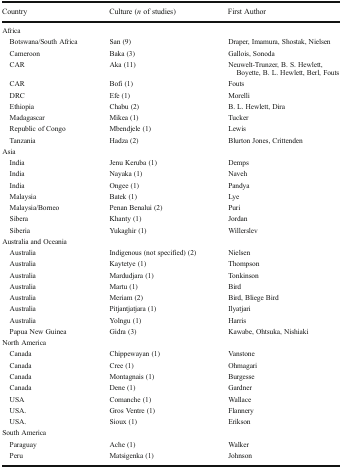
<table><thead><tr><td><b>Country</b></td><td><b>Culture (<i>n</i> of studies)</b></td><td><b>First Author</b></td></tr></thead><tbody><tr><td colspan="3">Africa</td></tr><tr><td> Botswana/South Africa</td><td>San (9)</td><td>Draper, Imamura, Shostak, Nielsen</td></tr><tr><td> Cameroon</td><td>Baka (3)</td><td>Gallois, Sonoda</td></tr><tr><td> CAR</td><td>Aka (11)</td><td>Neuwelt-Trunzer, B. S. Hewlett, Boyette, B. L. Hewlett, Berl, Fouts</td></tr><tr><td> CAR</td><td>Bofi (1)</td><td>Fouts</td></tr><tr><td> DRC</td><td>Efe (1)</td><td>Morelli</td></tr><tr><td> Ethiopia</td><td>Chabu (2)</td><td>B. L. Hewlett, Dira</td></tr><tr><td> Madagascar</td><td>Mikea (1)</td><td>Tucker</td></tr><tr><td> Republic of Congo</td><td>Mbendjele (1)</td><td>Lewis</td></tr><tr><td> Tanzania</td><td>Hadza (2)</td><td>Blurton Jones, Crittenden</td></tr><tr><td colspan="3">Asia</td></tr><tr><td> India</td><td>Jenu Keruba (1)</td><td>Demps</td></tr><tr><td> India</td><td>Nayaka (1)</td><td>Naveh</td></tr><tr><td> India</td><td>Ongee (1)</td><td>Pandya</td></tr><tr><td> Malaysia</td><td>Batek (1)</td><td>Lye</td></tr><tr><td> Malaysia/Borneo</td><td>Penan Benalui (2)</td><td>Puri</td></tr><tr><td> Sibera</td><td>Khanty (1)</td><td>Jordan</td></tr><tr><td> Siberia</td><td>Yukaghir (1)</td><td>Willerslev</td></tr><tr><td colspan="3">Australia and Oceania</td></tr><tr><td> Australia</td><td>Indigenous (not specified) (2)</td><td>Nielsen</td></tr><tr><td> Australia</td><td>Kaytetye (1)</td><td>Thompson</td></tr><tr><td> Australia</td><td>Mardudjara (1)</td><td>Tonkinson</td></tr><tr><td> Australia</td><td>Martu (1)</td><td>Bird</td></tr><tr><td> Australia</td><td>Meriam (2)</td><td>Bird, Bliege Bird</td></tr><tr><td> Australia</td><td>Pitjantjatjara (1)</td><td>Ilyatjari</td></tr><tr><td> Australia</td><td>Yolngu (1)</td><td>Harris</td></tr><tr><td> Papua New Guinea</td><td>Gidra (3)</td><td>Kawabe, Ohtsuka, Nishiaki</td></tr><tr><td colspan="3">North America</td></tr><tr><td> Canada</td><td>Chippewayan (1)</td><td>Vanstone</td></tr><tr><td> Canada</td><td>Cree (1)</td><td>Ohmagari</td></tr><tr><td> Canada</td><td>Montagnais (1)</td><td>Burgesse</td></tr><tr><td> Canada</td><td>Dene (1)</td><td>Gardner</td></tr><tr><td> USA</td><td>Comanche (1)</td><td>Wallace</td></tr><tr><td> USA.</td><td>Gros Ventre (1)</td><td>Flannery</td></tr><tr><td> USA.</td><td>Sioux (1)</td><td>Erikson</td></tr><tr><td colspan="3">South America</td></tr><tr><td> Paraguay</td><td>Ache (1)</td><td>Walker</td></tr><tr><td> Peru</td><td>Matsigenka (1)</td><td>Johnson</td></tr></tbody></table>